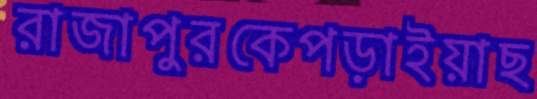
রাজাপুরকেপড়াইয়াছ